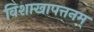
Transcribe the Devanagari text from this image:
विशाखापत्तनम्‌